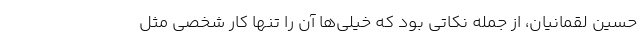
حسین لقمانیان، از جمله نکاتی بود که خیلی‌ها آن را تنها کار شخصی مثل